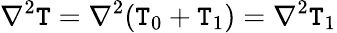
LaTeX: \nabla^{2}\mathtt{T}=\nabla^{2}(\mathtt{T}_{0}+\mathtt{T}_{1})=\nabla^{2}\mathtt{T}_{1}